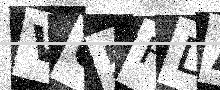
Text: VQ5HDA